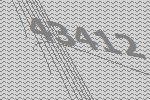
43412